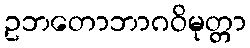
ဥဘတောဘာဂဝိမုတ္တာ